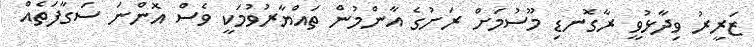
ޒަރީރު ވިދާޅުވީ ރާގޮނޑި މޫސުމަށް ރަށުގެ އާންމުން ތައްޔާރުވުމަކީ ވެސް އޮންނަ ސަގާފަތެއް